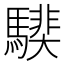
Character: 𩥰